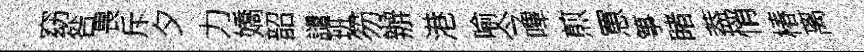
窈咎畏斥夕力嬌韶譴班笏辦港喻今嗶煎罳箏睹葢悄椿离